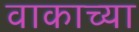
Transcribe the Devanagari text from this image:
वाकाच्या